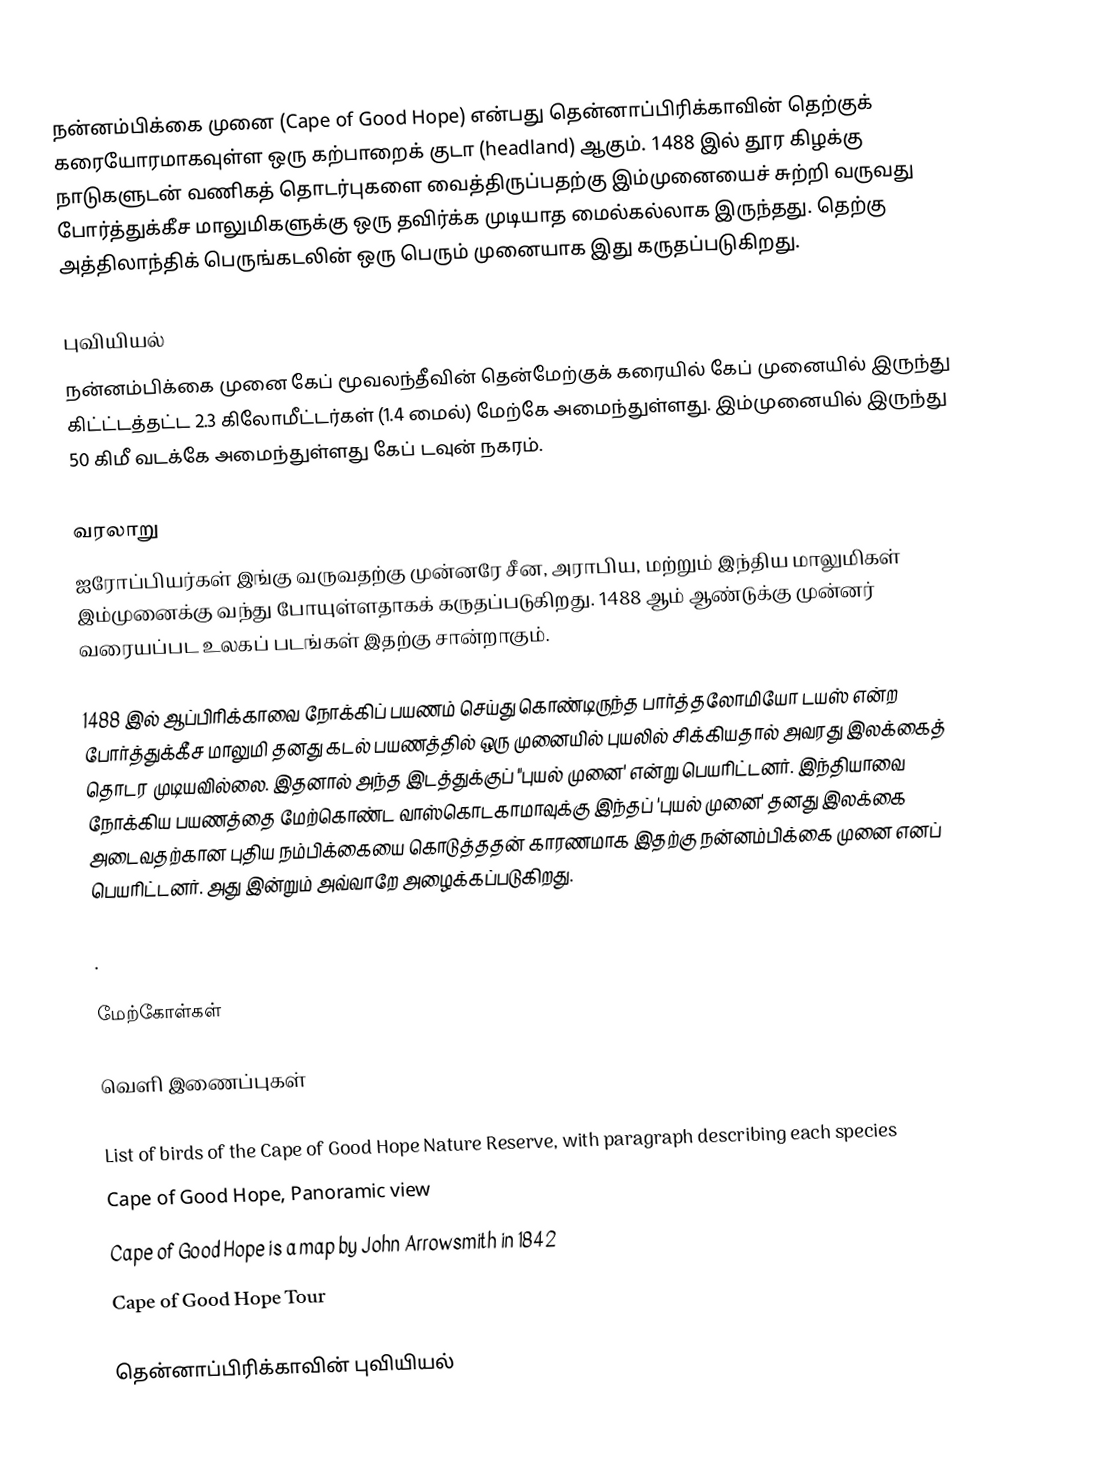
நன்னம்பிக்கை முனை (Cape of Good Hope) என்பது தென்னாப்பிரிக்காவின் தெற்குக் கரையோரமாகவுள்ள ஒரு கற்பாறைக் குடா (headland) ஆகும். 1488 இல் தூர கிழக்கு நாடுகளுடன் வணிகத் தொடர்புகளை வைத்திருப்பதற்கு இம்முனையைச் சுற்றி வருவது போர்த்துக்கீச மாலுமிகளுக்கு ஒரு தவிர்க்க முடியாத மைல்கல்லாக இருந்தது. தெற்கு அத்திலாந்திக் பெருங்கடலின் ஒரு பெரும் முனையாக இது கருதப்படுகிறது.

புவியியல்
நன்னம்பிக்கை முனை கேப் மூவலந்தீவின் தென்மேற்குக் கரையில் கேப் முனையில் இருந்து கிட்ட்டத்தட்ட 2.3 கிலோமீட்டர்கள் (1.4 மைல்) மேற்கே அமைந்துள்ளது. இம்முனையில் இருந்து 50 கிமீ வடக்கே அமைந்துள்ளது கேப் டவுன் நகரம்.

வரலாறு
ஐரோப்பியர்கள் இங்கு வருவதற்கு முன்னரே சீன, அராபிய, மற்றும் இந்திய மாலுமிகள் இம்முனைக்கு வந்து போயுள்ளதாகக் கருதப்படுகிறது. 1488 ஆம் ஆண்டுக்கு முன்னர் வரையப்பட உலகப் படங்கள் இதற்கு சான்றாகும்.

1488 இல் ஆப்பிரிக்காவை நோக்கிப் பயணம் செய்து கொண்டிருந்த பார்த்தலோமியோ டயஸ் என்ற போர்த்துக்கீச மாலுமி தனது கடல் பயணத்தில் ஒரு முனையில் புயலில் சிக்கியதால் அவரது இலக்கைத் தொடர முடியவில்லை. இதனால் அந்த இடத்துக்குப் "புயல் முனை' என்று பெயரிட்டனர். இந்தியாவை நோக்கிய பயணத்தை மேற்கொண்ட வாஸ்கொடகாமாவுக்கு இந்தப் 'புயல் முனை' தனது இலக்கை அடைவதற்கான புதிய நம்பிக்கையை கொடுத்ததன் காரணமாக இதற்கு நன்னம்பிக்கை முனை எனப் பெயரிட்டனர். அது இன்றும் அவ்வாறே அழைக்கப்படுகிறது.

.

மேற்கோள்கள்

வெளி இணைப்புகள்

 List of birds of the Cape of Good Hope Nature Reserve, with paragraph describing each species
 Cape of Good Hope, Panoramic view
 Cape of Good Hope is a map by John Arrowsmith in 1842
 Cape of Good Hope Tour

தென்னாப்பிரிக்காவின் புவியியல்